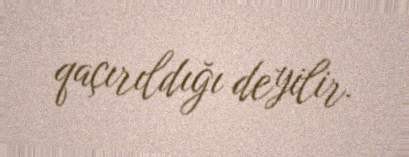
qaçırıldığı deyilir.